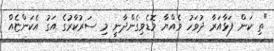
"ތި ކަން ފަޅާއަރާ ދުވަހު ވެއްޔާ މޮޑެވިގެންދާނީ މި ސަރުކާރުގެ އަގު އެކަންޏެއް